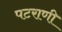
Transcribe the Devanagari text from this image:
पटराणी